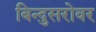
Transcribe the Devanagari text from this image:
बिन्दुसरोवर